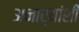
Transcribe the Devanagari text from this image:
अनार्यांशी